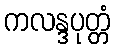
ကလန္ဒပုတ္တံ